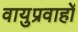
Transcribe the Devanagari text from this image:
वायुप्रवाहों